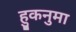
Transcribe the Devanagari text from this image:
हुकनुमा